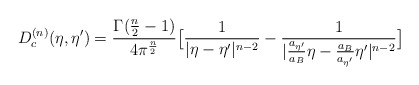
\begin{align*}D_{c}^{(n)}(\eta,{\eta}') = \frac{\Gamma(\frac{n}{2}-1)}{4\pi^{\frac{n}{2}}}\big{[}\frac{1}{|{\eta}-{\eta}'|^{n-2}} -\frac{1}{|\frac{a_{{\eta}'}}{a_B}{\eta}-\frac{a_B}{a_{{\eta}'}}{\eta}'|^{n-2}}\big{]}\end{align*}